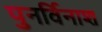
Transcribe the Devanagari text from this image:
पुनर्विनाश